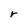
Character: r